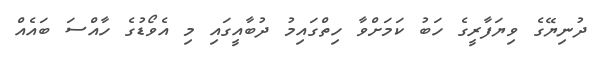
ދުނިޔޭގެ ވިޔަފާރީގެ ހަބު ކަމަށްވާ ހިތްގައިމު ދުބާއީގައި މި އެވޯޑުގެ ހާއްސަ ބައެއް